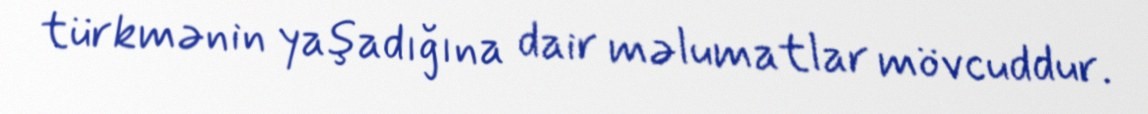
türkmənin yaşadığına dair məlumatlar mövcuddur.